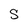
Character: S